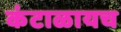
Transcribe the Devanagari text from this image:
कंटाळायच